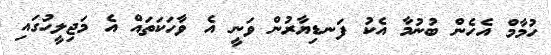
ހުމާމް އެހެން ބުނުމާ އެކު ފަނޑިޔާރުން ވަނީ އެ ވާހަކަތައް އެ މަޖިލީހުގައި